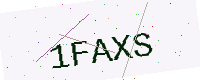
Text: 1FAXS